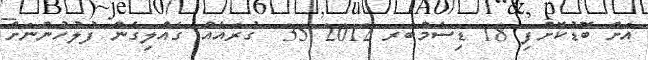
އަށް ބޮޑުކޮށްފި 18 ޑިސެމްބަރ 2012 35  ގުރައެއް ގެއްލިގެން ފުލުހުންނަށް